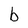
Character: b